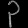
Digit: ၃